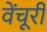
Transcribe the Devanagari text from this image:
वेंचूरी